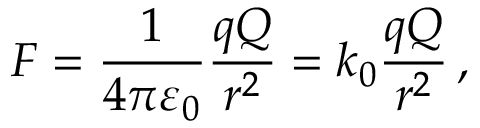
F = { \frac { 1 } { 4 \pi \varepsilon _ { 0 } } } { \frac { q Q } { r ^ { 2 } } } = k _ { 0 } { \frac { q Q } { r ^ { 2 } } } \, ,